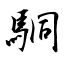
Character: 駧